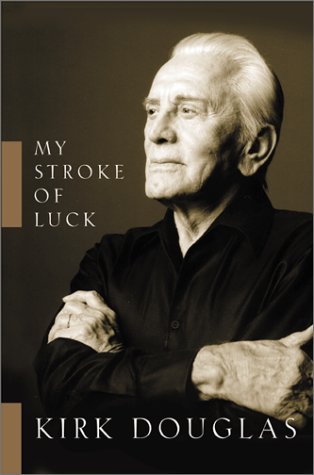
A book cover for My Stroke of Luck; Kirk Douglas; Health, Fitness & Dieting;